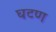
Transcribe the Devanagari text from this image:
घटण